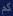
كم